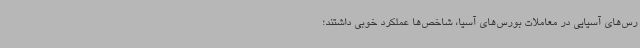
رس‌های آسیایی در معاملات بورس‌های آسیا، شاخص‌ها عملکرد خوبی داشتند؛